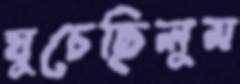
ঘুচেছিলুম